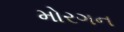
મોરગન